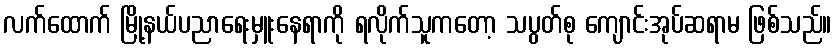
လက်ထောက် မြို့နယ်ပညာရေးမှူးနေရာကို ရလိုက်သူကတော့ သပွတ်စု ကျောင်းအုပ်ဆရာမ ဖြစ်သည်။